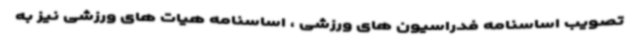
تصویب اساسنامه فدراسیون های ورزشی ، اساسنامه هیات های ورزشی نیز به